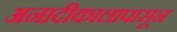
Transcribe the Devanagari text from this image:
अनादीकालापासून